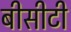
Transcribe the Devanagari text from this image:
बीसीटी